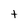
Character: t